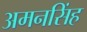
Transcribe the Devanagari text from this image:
अमनसिंह